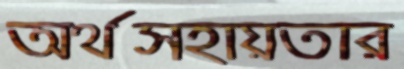
অর্থসহায়তার